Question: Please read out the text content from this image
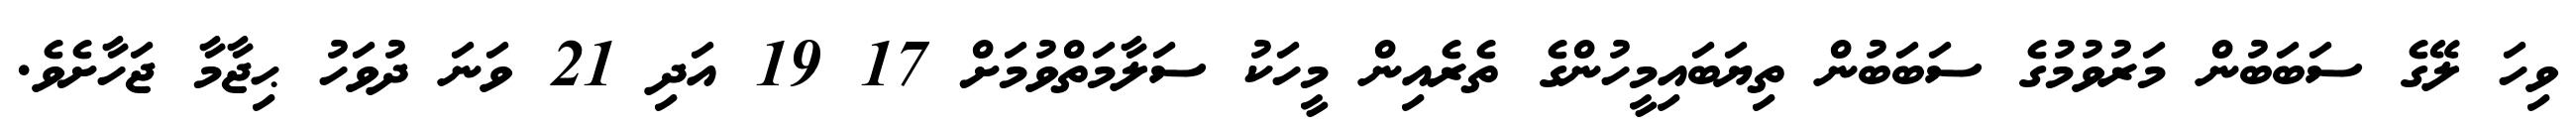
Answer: ވިހަ ލޭގެ ސަބަބުން މަރުވުމުގެ ސަބަބުން ތިޔަބައިމީހުންގެ ތެރެއިން މީހަކު ސަލާމަތްވުމަށް 17 19 އަދި 21 ވަނަ ދުވަހު ޙިޖާމާ ޖަހާށެވެ.